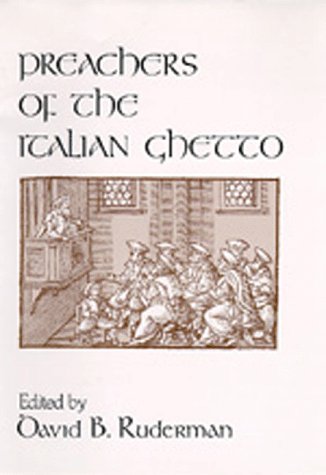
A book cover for Preachers of the Italian Ghetto; Religion & Spirituality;